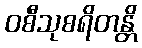
ဝစီသုစရိတန္တိ